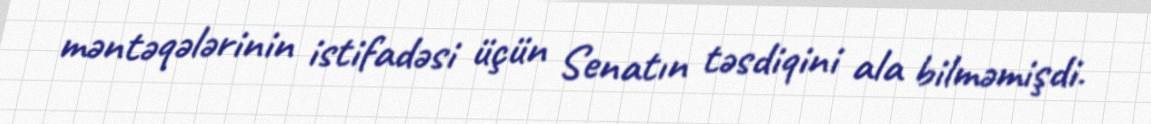
məntəqələrinin istifadəsi üçün Senatın təsdiqini ala bilməmişdi.